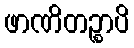
ဖာဏိတဉ္စာပိ